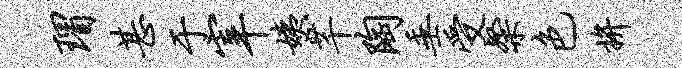
瑁甚于宰姨芊陶垂受粲色拚